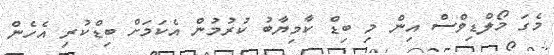
މެގަ މޯލްޑިވްސް އިން މި ބިޑް ކާމިޔާބު ކުރުމުން އެކަމަށް ބިޑްކުރި އެހެން